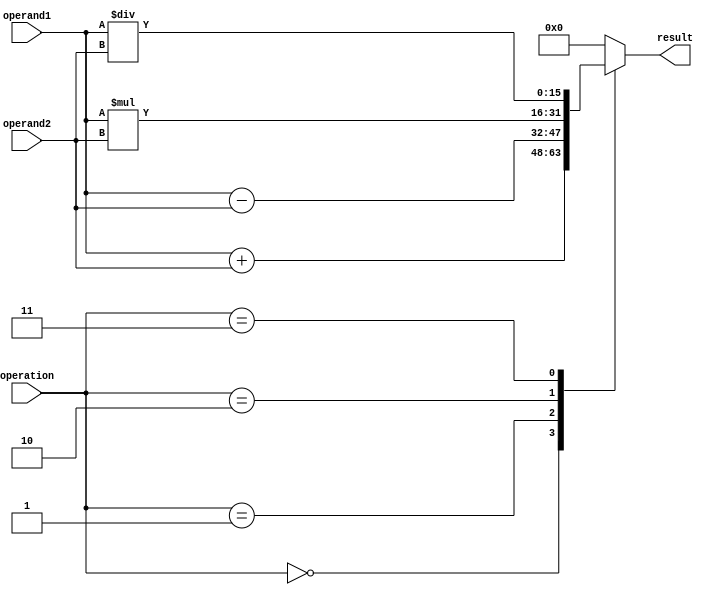
module ALU(
    input [15:0] operand1,
    input [15:0] operand2,
    input [3:0] operation,
    output reg [15:0] result
);

always @(*) begin
    case(operation)
        4'b0000: result = operand1 + operand2; // Addition
        4'b0001: result = operand1 - operand2; // Subtraction
        4'b0010: result = operand1 * operand2; // Multiplication
        4'b0011: result = operand1 / operand2; // Division
        default: result = 16'b0; // Default to 0
    endcase
end

endmodule